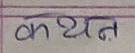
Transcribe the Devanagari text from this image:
कथन